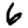
Digit: 6